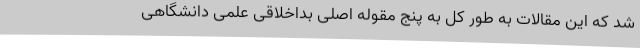
شد که این مقالات به طور کل به پنج مقوله اصلی بداخلاقی علمی دانشگاهی